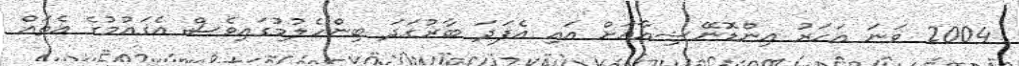
2004 ވަނަ އަހަރު އިންޑޮނޭޝިއާއަށް އައި އެފަދަ ބާރުގަދަ ބިންހެލުމުގައިވެސް އެޤައުމުގެ އެތައް